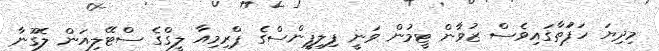
މިދިޔަ ހަފަުތާގައިވެސް ޒުވާން ޓީމުން ވަނީ ފިލިޕީންސްގެ ޕްރިމިއާ ލީގްގެ ސްޓޭލިއަން ލެގޫނާ